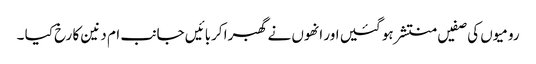
رومیوں کی صفیں منتشر ہو گئیں اور انھوں نے گھبرا کربائیں جانب ام دنین کا رخ کیا ۔